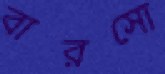
বারসো